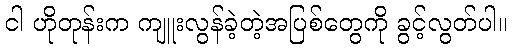
ငါ ဟိုတုန်းက ကျူးလွန်ခဲ့တဲ့အပြစ်တွေကို ခွင့်လွတ်ပါ။